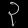
Digit: ၃